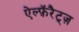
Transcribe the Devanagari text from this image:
ऐल्फ़ॅरैट्ज़